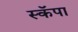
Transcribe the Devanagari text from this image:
स्कॅपा